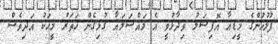
ފުލުހުންގެ މީޑިއާ އޮފިޝަލު ވިދާޅުވީ އެ މައްސަލައާ ގުޅިގެން ހަތަރު މީހަކު އަދިވެސް